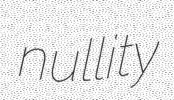
nullity